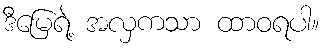
ဒီမြေရဲ့ အလှကသာ ထာဝရပါ။